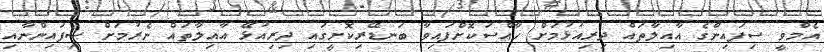
އެމްވީ ސިފައިންގެ އާއިލާތައް ދިރިއުޅުމަށް ހާއްސަކޮށްފައިވާ ބަނޑޭރިކޮށީގައި ދިރިއުޅޭ އާއިލާތައް ނެރުމަށް ސިފައިންނާއި